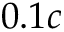
0 . 1 c